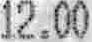
12.00